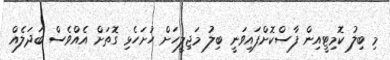
މި ބިލު ކޮމިޓީއިން ފާސްކޮށްފައިވަނީ ބިލު މަޖިލީހަށް ހުށަހެޅި ގޮތަށް އެއްވެސް ބަދަލެއް